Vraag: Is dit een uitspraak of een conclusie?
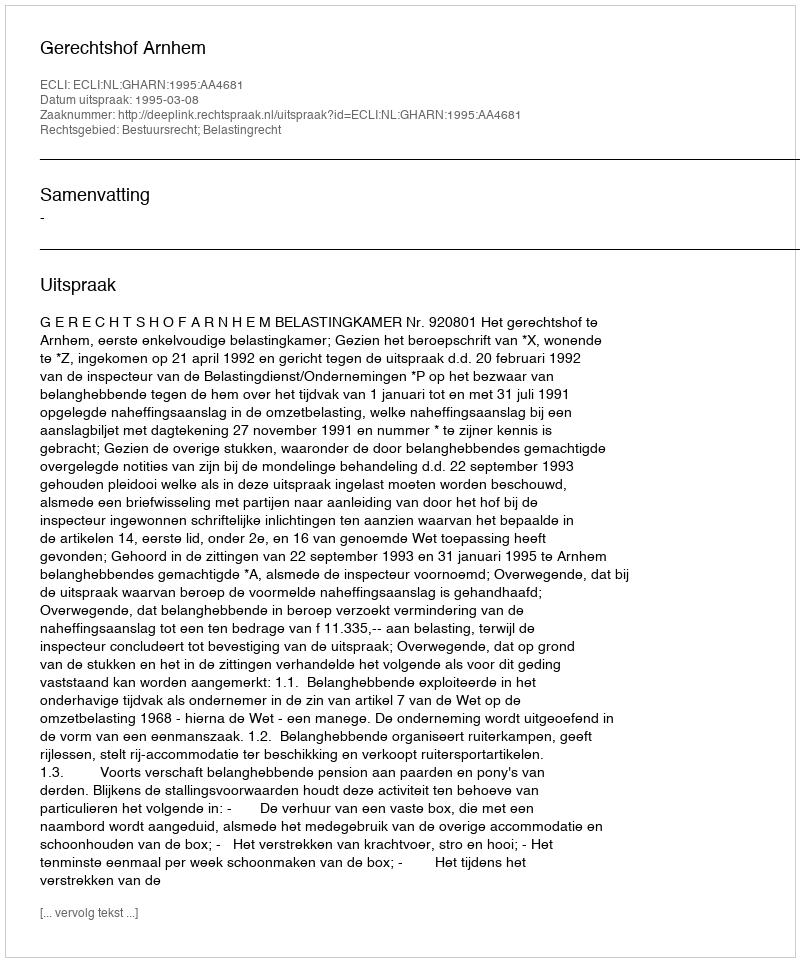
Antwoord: Uitspraak